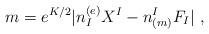
\begin{align*}m = e^{K/2}|n_I^{(e)}X^I - n_{(m)}^I F_I |\ ,\end{align*}